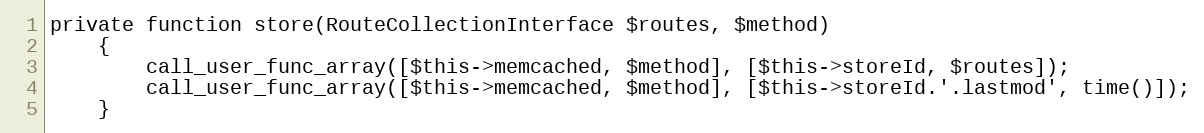
Language: PHP
private function store(RouteCollectionInterface $routes, $method)
    {
        call_user_func_array([$this->memcached, $method], [$this->storeId, $routes]);
        call_user_func_array([$this->memcached, $method], [$this->storeId.'.lastmod', time()]);
    }